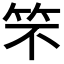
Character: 𮅁